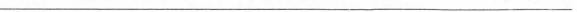
___